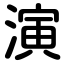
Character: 演